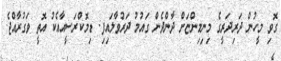
ގޮވި މީހުން ދަރިދަރީގެ މިނިމިންޏަށް ދާންދެން ގައުމު ދަރުވާލައިފި. ޑިމޮކްރަސީއާއެކު އޮތީ ވަގުރާއްޖެ.